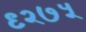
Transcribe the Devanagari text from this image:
९२७५